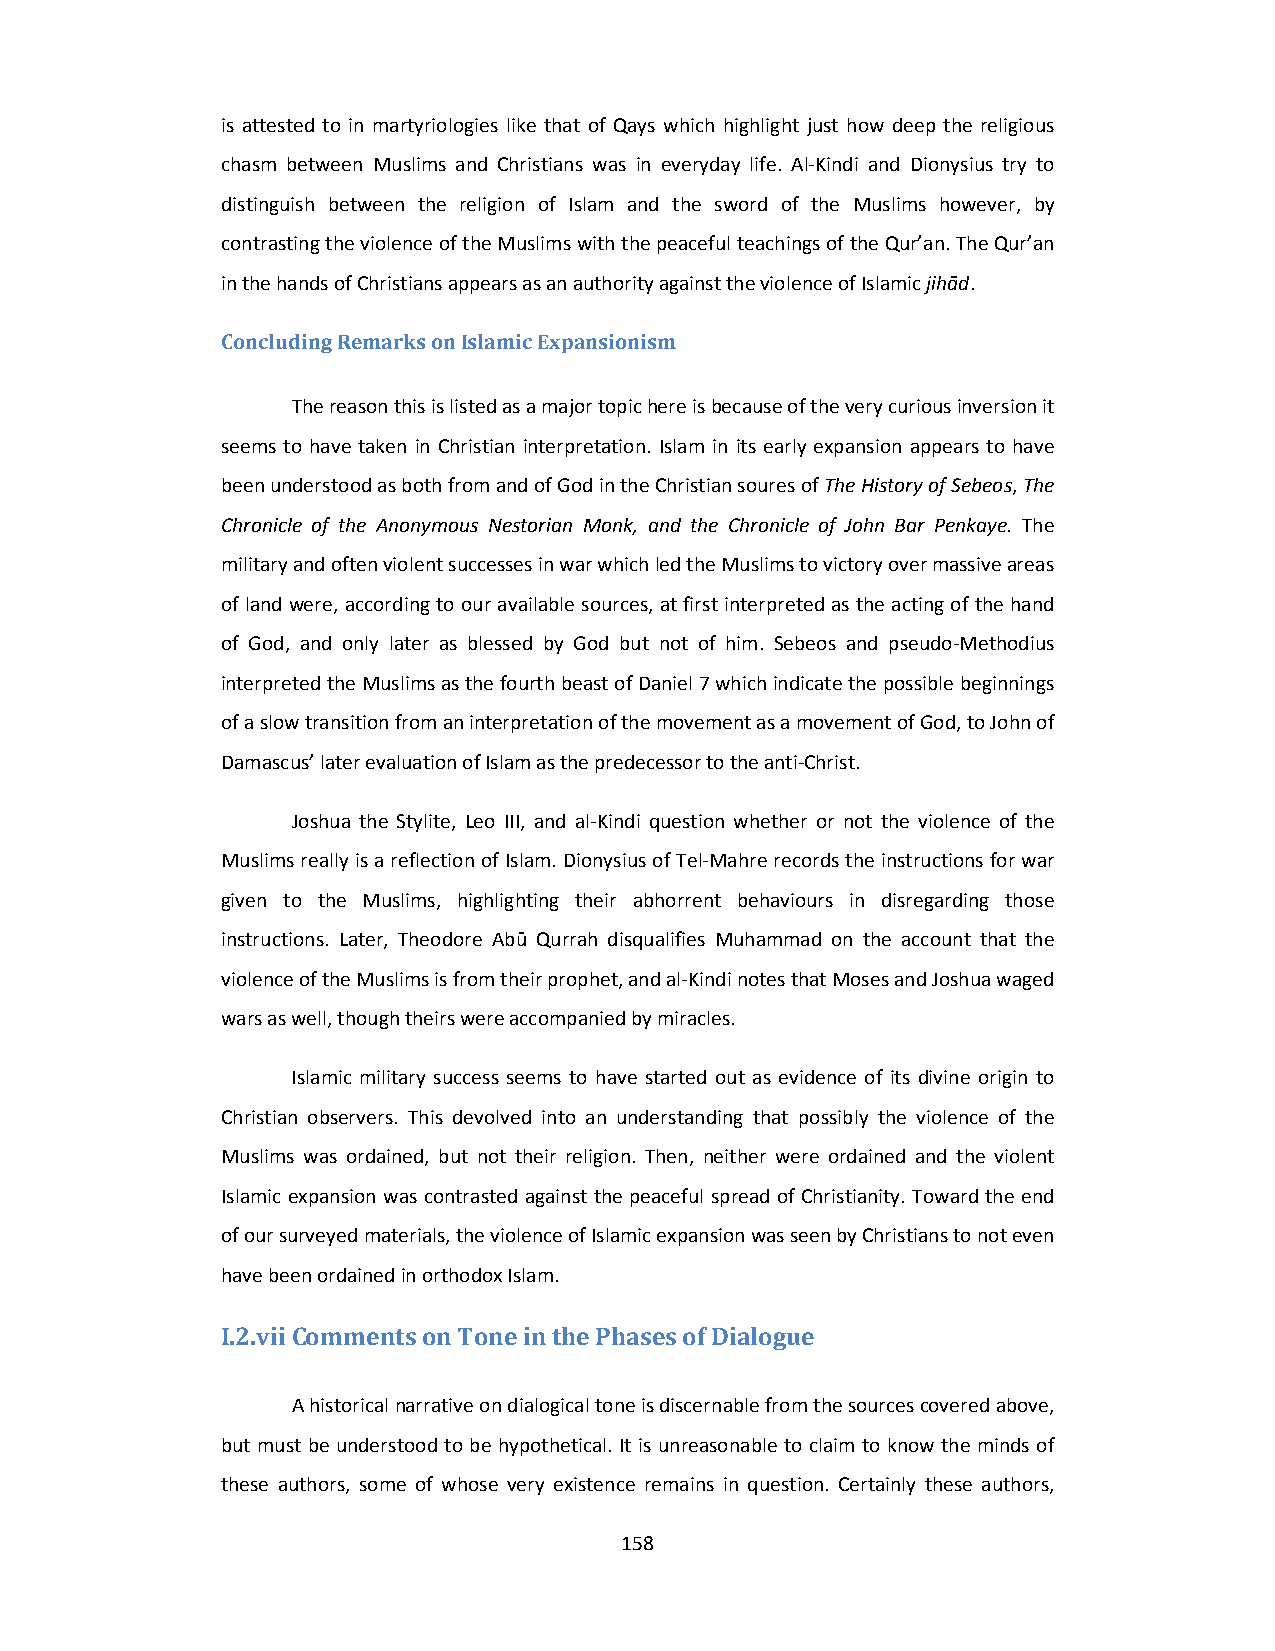
is attested to in martyriologies like that of Qays which highlight just how deep the religious
 chasm between Muslims and Christians was in everyday life. Al‐Kindi and Dionysius try to
 distinguish between the religion of Islam and the sword of the Muslims however, by
 contrasting the violence of the Muslims with the peaceful teachings of the Qur’an. The Qur’an
 in the hands of Christians appears as an authority against the violence of Islamic jihād.
 Concluding Remarks on Islamic Expansionism
 The reason this is listed as a major topic here is because of the very curious inversion it
 seems to have taken in Christian interpretation. Islam in its early expansion appears to have
 been understood as both from and of God in the Christian soures of The History of Sebeos, The
 Chronicle of the Anonymous Nestorian Monk, and the Chronicle of John Bar Penkaye. The
 military and often violent successes in war which led the Muslims to victory over massive areas
 of land were, according to our available sources, at first interpreted as the acting of the hand
 of God, and only later as blessed by God but not of him. Sebeos and pseudo‐Methodius
 interpreted the Muslims as the fourth beast of Daniel 7 which indicate the possible beginnings
 of a slow transition from an interpretation of the movement as a movement of God, to John of
 Damascus’ later evaluation of Islam as the predecessor to the anti‐Christ.
 Joshua the Stylite, Leo III, and al‐Kindi question whether or not the violence of the
 Muslims really is a reflection of Islam. Dionysius of Tel‐Mahre records the instructions for war
 given to the Muslims, highlighting their abhorrent behaviours in disregarding those
 instructions. Later, Theodore Abū Qurrah disqualifies Muhammad on the account that the
 violence of the Muslims is from their prophet, and al‐Kindi notes that Moses and Joshua waged
 wars as well, though theirs were accompanied by miracles.
 Islamic military success seems to have started out as evidence of its divine origin to
 Christian observers. This devolved into an understanding that possibly the violence of the
 Muslims was ordained, but not their religion. Then, neither were ordained and the violent
 Islamic expansion was contrasted against the peaceful spread of Christianity. Toward the end
 of our surveyed materials, the violence of Islamic expansion was seen by Christians to not even
 have been ordained in orthodox Islam.
 I.2.vii Comments on Tone in the Phases of Dialogue
 A historical narrative on dialogical tone is discernable from the sources covered above,
 but must be understood to be hypothetical. It is unreasonable to claim to know the minds of
 these authors, some of whose very existence remains in question. Certainly these authors,
 158